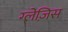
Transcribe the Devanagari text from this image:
ग्लेज़िस